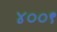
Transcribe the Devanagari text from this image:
४००९